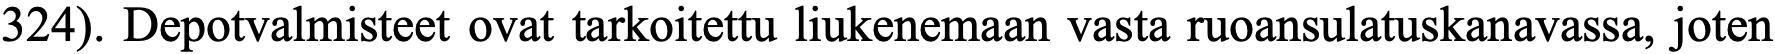
324). Depotvalmisteet ovat tarkoitettu liukenemaan vasta ruoansulatuskanavassa, joten